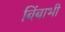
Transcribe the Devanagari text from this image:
बिंबाभी